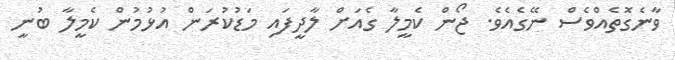
ވާނެގޮތެއްވެސް ނޭގެއެވެ. ޖޯން ކެމީލާ ގެއަށް ލާދީފައި މަޑުކުރަން އުޅުމުން ކެމީލާ ބުނީ